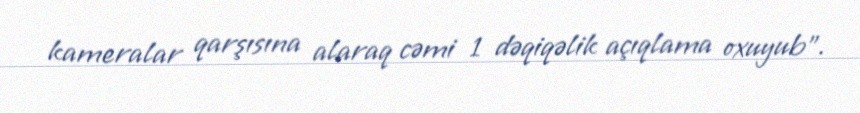
kameralar qarşısına alaraq cəmi 1 dəqiqəlik açıqlama oxuyub".